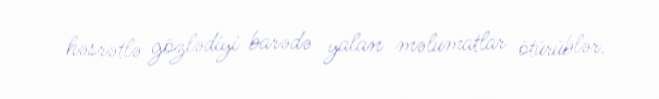
həsrətlə gözlədiyi barədə yalan məlumatlar ötürüblər.